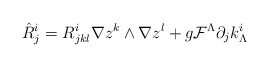
\begin{align*}\hat R^i_j= R_{jkl}^i \nabla z^k \wedge \nabla z^l + g{\cal F}^\Lambda \partial_j k^i_\Lambda\end{align*}